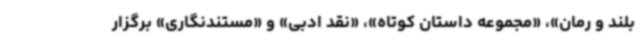
بلند و رمان»، «مجموعه داستان کوتاه»، «نقد ادبی» و «مستندنگاری» برگزار